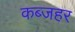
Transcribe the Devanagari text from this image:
कब्जहर